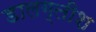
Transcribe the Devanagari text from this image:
डालग्लीश